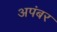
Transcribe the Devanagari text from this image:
अपंबर